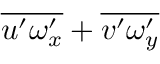
\overline { { u ^ { \prime } \omega _ { x } ^ { \prime } } } + \overline { { v ^ { \prime } \omega _ { y } ^ { \prime } } }